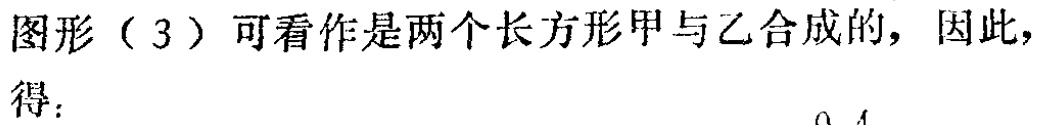
图形（3）可看作是两个长方形甲与乙合成的，因此，得：